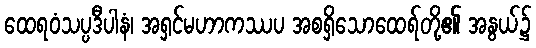
ထေရဝံသပ္ပဒီပါနံ၊ အရှင်မဟာကဿပ အစရှိသောထေရ်တို့၏ အနွယ်၌